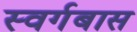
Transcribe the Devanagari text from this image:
स्वर्गबास